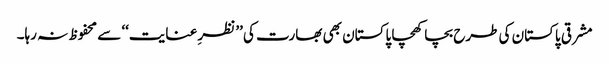
مشرقی پاکستان کی طرح بچا کھچا پاکستان بھی بھارت کی ’’نظرِ عنایت‘‘ سے محفوظ نہ رہا۔